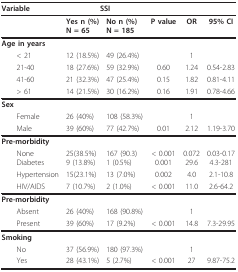
| Variable | <COLSPAN=2> SSI |  |  |  |
 | --- | --- | --- | --- | --- | --- |
 |  | Yes n (%)N = 65 | No n (%)N = 185 | P value | OR | 95% CI |
 | Age in years |  |  |  |  |  |
 | < 21 | 12 (18.5%) | 49 (26.4%) |  | 1 |  |
 | 21-40 | 18 (27.6%) | 59 (32.9%) | 0.60 | 1.24 | 0.54-2.83 |
 | 41-60 | 21 (32.3%) | 47 (25.4%) | 0.15 | 1.82 | 0.81-4.11 |
 | > 61 | 14 (21.5%) | 30 (16.2%) | 0.16 | 1.91 | 0.78-4.66 |
 | Sex |  |  |  |  |  |
 | Female | 26 (40%) | 108 (58.3%) |  | 1 |  |
 | Male | 39 (60%) | 77 (42.7%) | 0.01 | 2.12 | 1.19-3.70 |
 | Pre-morbidity |  |  |  |  |  |
 | NoneDiabetes | 25(38.5%)9 (13.8%) | 167 (90.3)1 (0.5%) | < 0.0010.001 | 0.07229.6 | 0.03-0.174.3-281 |
 | Hypertension | 15(23.1%) | 13 (7.0%) | 0.002 | 4.0 | 2.1-10.8 |
 | HIV/AIDS | 7 (10.7%) | 2 (1.0%) | < 0.001 | 11.0 | 2.6-64.2 |
 | Pre-morbidity |  |  |  |  |  |
 | Absent | 26 (40%) | 168 (90.8%) |  | 1 |  |
 | Present | 39 (60%) | 17 (9.2%) | < 0.001 | 14.8 | 7.3-29.95 |
 | Smoking |  |  |  |  |  |
 | No | 37 (56.9%) | 180 (97.3%) |  | 1 |  |
 | Yes | 28 (43.1%) | 5 (2.7%) | < 0.001 | 27 | 9.87-75.2 |